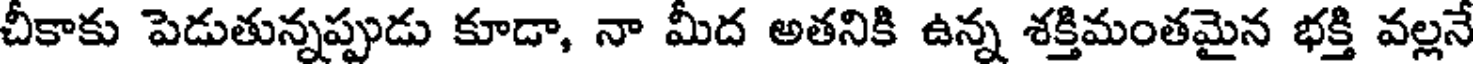
చీకాకు పెడుతున్నప్పుడు కూడా, నా మీద అతనికి ఉన్న శక్తిమంతమైన భక్తి వల్లనే